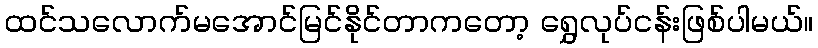
ထင်သလောက်မအောင်မြင်နိုင်တာကတော့ ရွှေလုပ်ငန်းဖြစ်ပါမယ်။